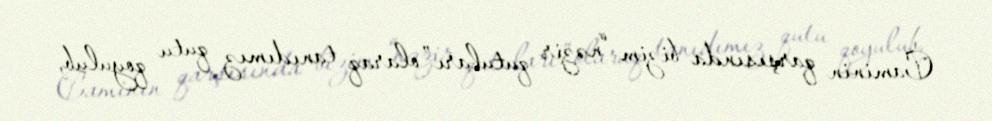
Caminin qarşısında bizim “nəzir qutuları” olaraq tanıdımız qutu qoyulub,